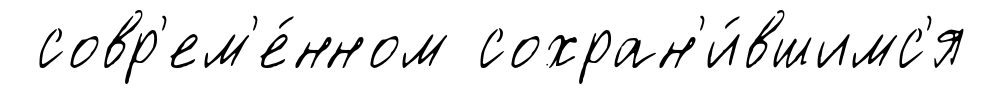
совр'ем'е́нном сохран'и́вшимс'я